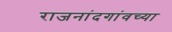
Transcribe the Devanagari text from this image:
राजनांदगांवच्या